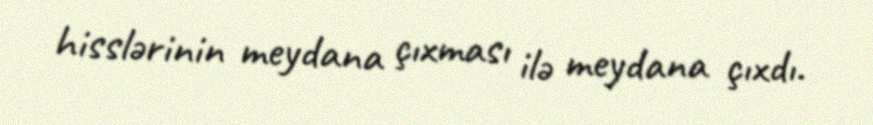
hisslərinin meydana çıxması ilə meydana çıxdı.